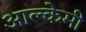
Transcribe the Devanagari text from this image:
आल्‍केमी